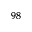
^ { 9 8 }